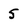
Character: 5